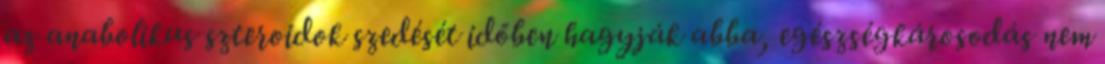
az anabolikus szteroidok szedését időben hagyják abba, egészségkárosodás nem